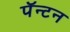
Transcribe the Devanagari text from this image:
पॅन्टन